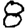
Digit: 8